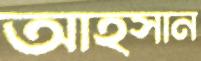
আহসান